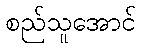
စည်သူအောင်